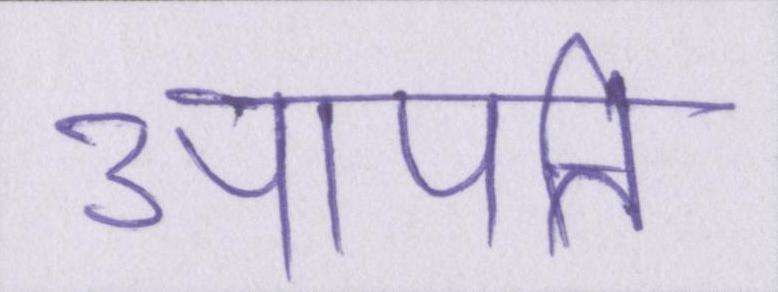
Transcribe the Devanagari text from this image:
आपत्ति